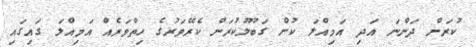
ކުރަން ދަންނަ އަދި އަމިއްލަ ކުށް ގަބޫލުކުރަން ކެރޭވަރުގެ ހިތްވަރެއް އަމިއްލަ ގައިގައި